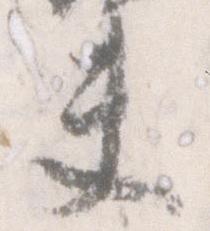
夫